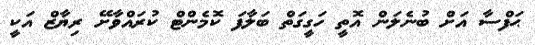
ޙަފްސާ އަށް ބުނެލަން އޮތީ ހަގީގަތް ބަލާފަ ކޮމެންޓް ކުރަައްވާށޭ ރިޔާޒް އަކީ